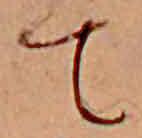
て